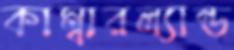
কাম্বারল্যান্ড